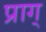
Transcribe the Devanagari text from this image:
प्राग्